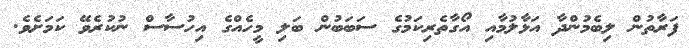
ފަރާތުން ލިބެމުންދާ އަޅާލުމާއި އޯގާތެރިކަމުގެ ސަބަބުން ބަލި މީހެއްގެ އިހުސާސް ނުކުރެވޭ ކަމަށެވެ.